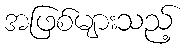
အဖြစ်များသည့်